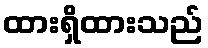
ထားရှိထားသည်